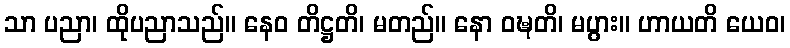
သာ ပညာ၊ ထိုပညာသည်။ နေဝ တိဋ္ဌတိ၊ မတည်။ နော ဝဍ္ဎတိ၊ မပွား။ ဟာယတိ ယေဝ၊